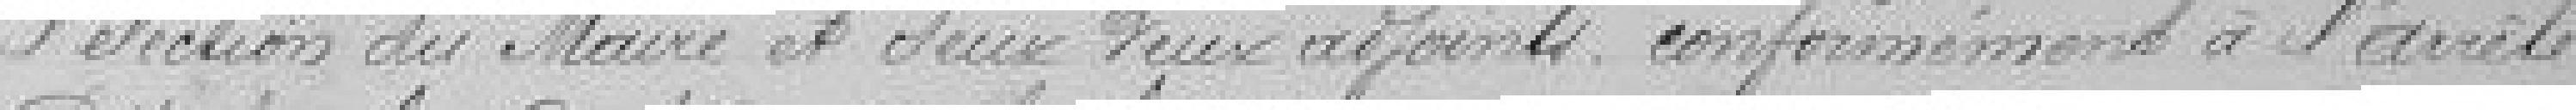
l'élection du Maire et de deux adjoints, conformément à l'arrêté